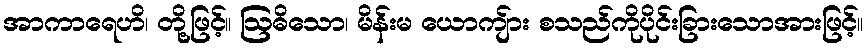
အာကာရေဟိ၊ တို့ဖြင့်။ ဩဓိသော၊ မိန်းမ ယောကျ်ား စသည်ကိုပိုင်းခြားသောအားဖြင့်။